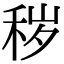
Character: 秽